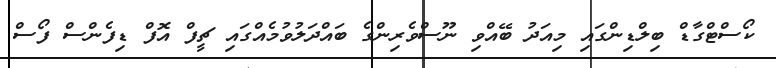
ކޯސްޓްގާޑް ބިލްޑިންގައި މިއަދު ބޭއްވި ނޫސްވެރިންގެ ބައްދަލުވުމެއްގައި ޗީފް އޮފް ޑިފެންސް ފޯސް